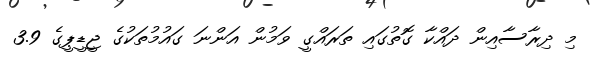
މި ދިރާސާއިން ދައްކާ ގޮތުގައި ތަރައްގީ ވަމުން އަންނަ ގައުމުތަކުގެ ޖީޑީޕީގެ 3.9